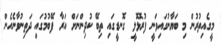
މީގެއިތުރުން މި ބަޔާނުގައިވަނީ ފުރޮޅޮލީ ގޮނޑީގައި ތިބޭ ކުދިންނަށް އަރާ ފޭބުމުގައި ދަތިނުވާނެހެން